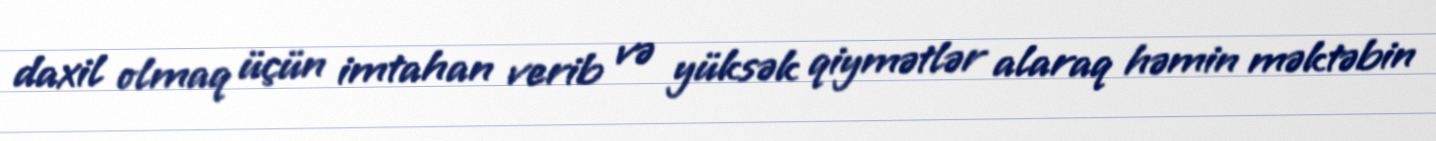
daxil olmaq üçün imtahan verib və yüksək qiymətlər alaraq həmin məktəbin